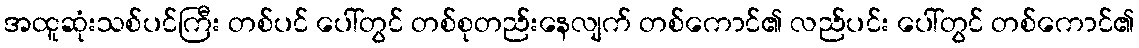
အထူဆုံးသစ်ပင်ကြီး တစ်ပင် ပေါ်တွင် တစ်စုတည်းနေလျက် တစ်ကောင်၏ လည်ပင်း ပေါ်တွင် တစ်ကောင်၏